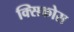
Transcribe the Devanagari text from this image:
क्सिकोस